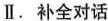
Ⅱ.补全对话